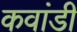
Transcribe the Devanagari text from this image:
कवांडी